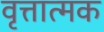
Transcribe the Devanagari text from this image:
वृत्तात्मक